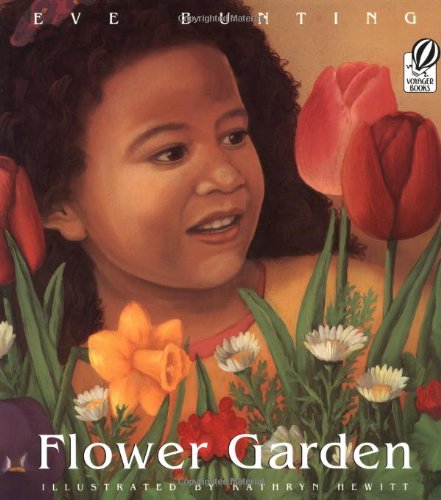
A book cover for Flower Garden; Eve Bunting; Children's Books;